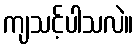
ကျသင့်ပါသလဲ။